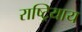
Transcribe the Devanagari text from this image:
राष्ट्रियाय